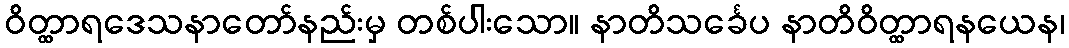
ဝိတ္ထာရဒေသနာတော်နည်းမှ တစ်ပါးသော။ နာတိသင်္ခေပ နာတိဝိတ္ထာရနယေန၊